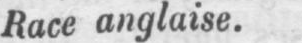
Race anglaise.